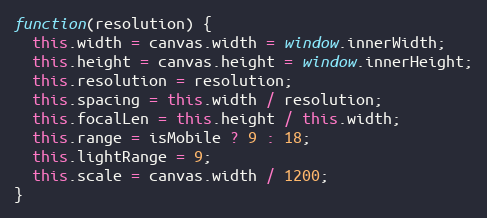
Language: JavaScript
function(resolution) {
  this.width = canvas.width = window.innerWidth;
  this.height = canvas.height = window.innerHeight;
  this.resolution = resolution;
  this.spacing = this.width / resolution;
  this.focalLen = this.height / this.width;
  this.range = isMobile ? 9 : 18;
  this.lightRange = 9;
  this.scale = canvas.width / 1200;
}